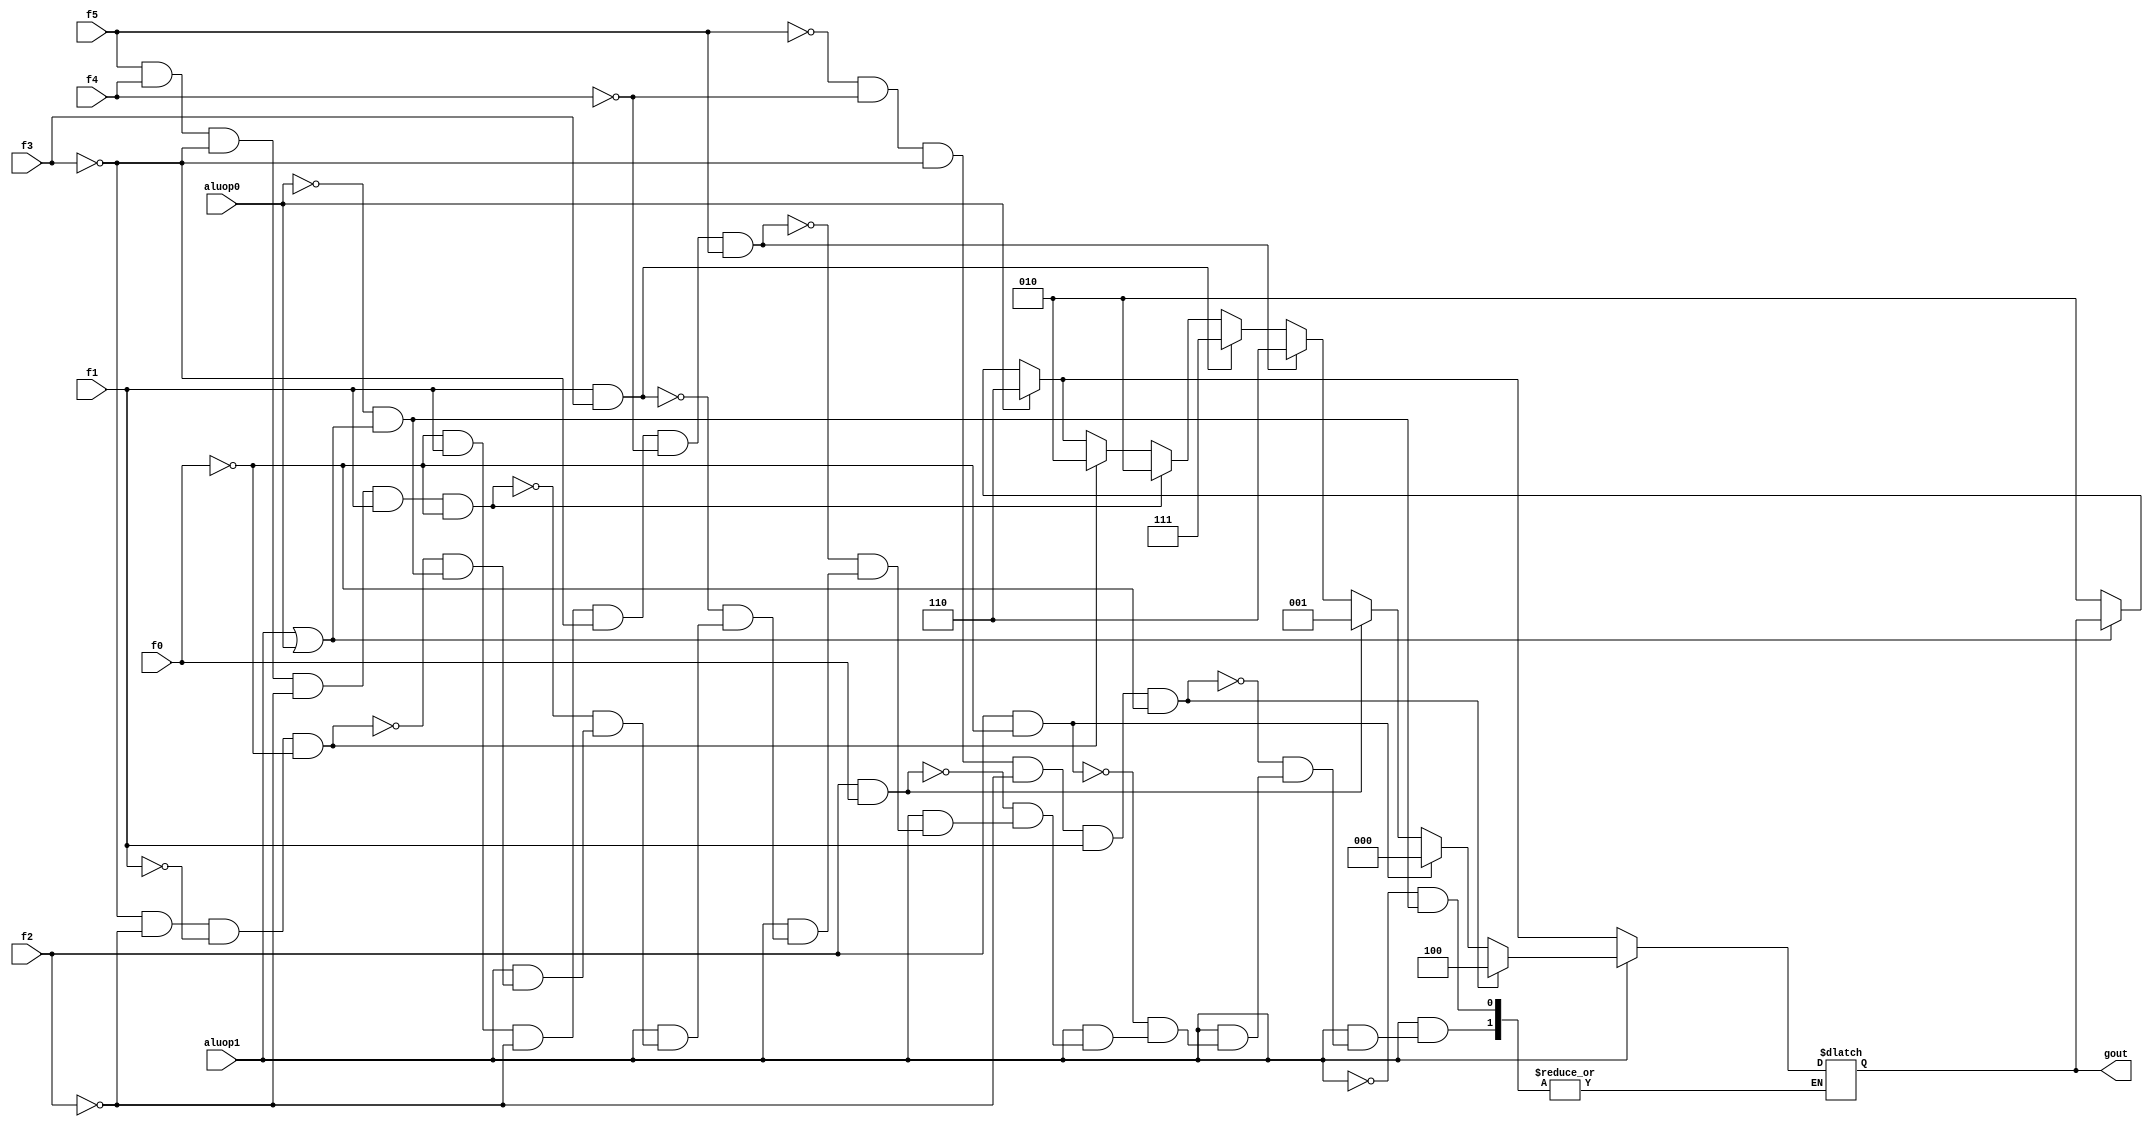
module alucont(aluop1,aluop0,f5,f4,f3,f2,f1,f0,gout);//Figure 4.12
input aluop1,aluop0,f5,f4,f3,f2,f1,f0;
output [2:0] gout;
reg [2:0] gout;
reg balrz;
always @(aluop1 or aluop0 or f3 or f2 or f1 or f0 or f5 or f4)
begin
if(~(aluop1|aluop0))  gout=3'b010;
if(aluop0)gout=3'b110;
if(aluop1)//R-type
begin
	if (~(f3)&~(f2)&~(f1)&~(f0))gout=3'b010; 	//function code=0000,ALU control=010 (add)
	if(f5&f4&~(f3)&~(f2)&f1&~(f0))gout=3'b010;	//function code=110010,ALU control=010 (jmadd)
	if (f1&f3)gout=3'b111;			//function code=1x1x,ALU control=111 (set on less than)
	if (~(f0)&f1&~(f2)&~(f3)&~(f4)&f5)gout=3'b110;		//function code=100x10,ALU control=110 (sub)
	if (f2&f0)gout=3'b001;			//function code=x1x1,ALU control=001 (or)
	if (f2&~(f0))gout=3'b000;		//function code=x1x0,ALU control=000 (and)
	if (~(f5)&~(f4)&~(f3)&~(f2)&f1&~(f0))gout=3'b100;	//function code=000010,ALU control=100 (srl)
end
end
endmodule